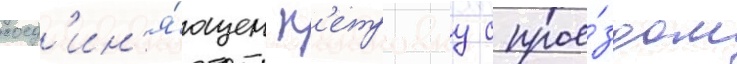
соед'ин'я́ющем п'етровку с прое́здом